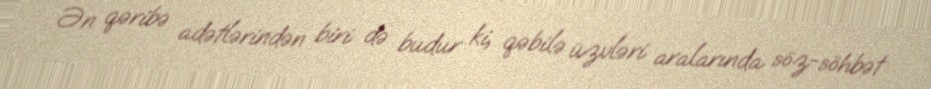
Ən qəribə adətlərindən biri də budur ki, qəbilə üzvləri aralarında söz-söhbət